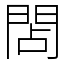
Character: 䦓